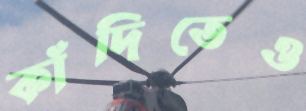
কাঁদিতেও